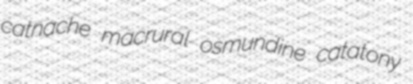
catnache macrural osmundine catatony